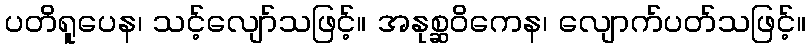
ပတိရူပေန၊ သင့်လျော်သဖြင့်။ အနုစ္ဆဝိကေန၊ လျောက်ပတ်သဖြင့်။